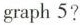
graph5?